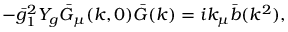
- \bar { g } _ { 1 } ^ { 2 } Y _ { g } \bar { G } _ { \mu } ( k , 0 ) \bar { G } ( k ) = i k _ { \mu } \bar { b } ( k ^ { 2 } ) ,